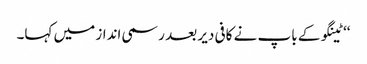
‘‘ ٹینگو کے باپ نے کافی دیر بعد رسمی انداز میں کہا۔